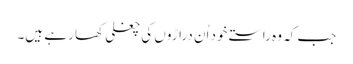
جب کہ وہ راستے خود اُن دراڑوں کی چغلی کھا رہے ہیں۔